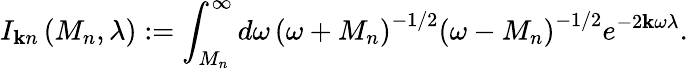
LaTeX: I_{\mathbf{k}n}\left(M_{n},\lambda\right):=\int_{M_{n}}^{\infty}d\omega\, \left(\omega+M_{n}\right)^{-1/2}\left(\omega-M_{n}\right)^{-1/2}e^{-2\mathbf{k}\omega\lambda}.